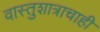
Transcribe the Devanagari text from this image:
वास्तुशात्राचाही